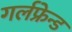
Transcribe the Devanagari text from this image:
गर्लफ्रेन्ड